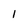
Character: 1